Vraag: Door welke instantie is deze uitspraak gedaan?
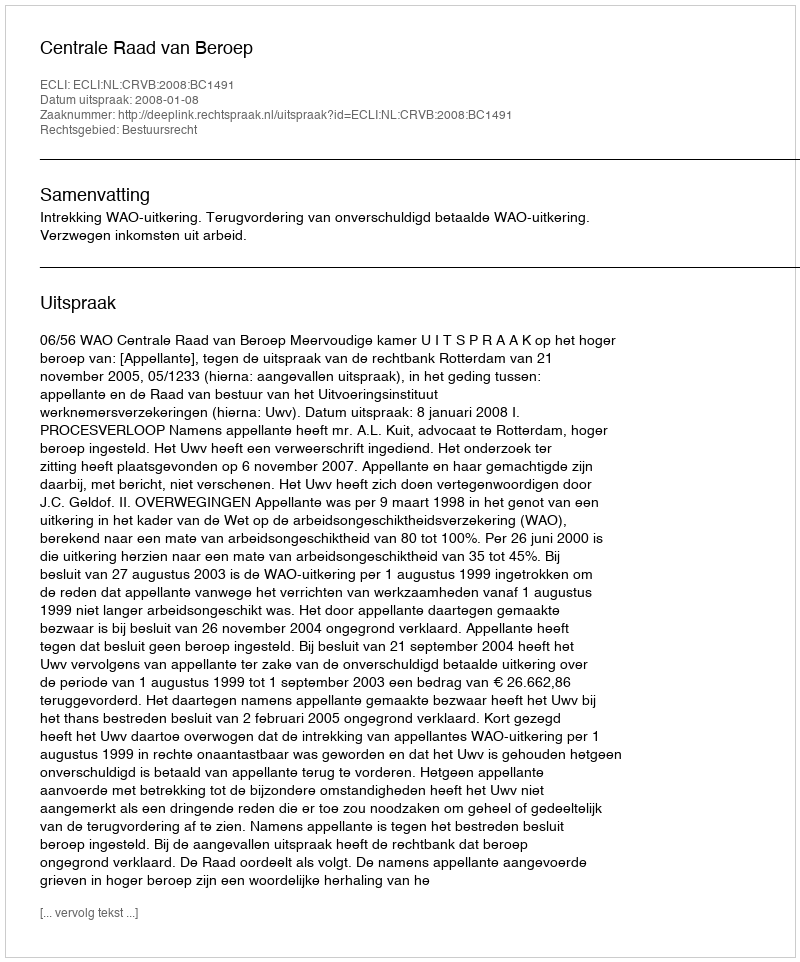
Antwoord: Centrale Raad van Beroep